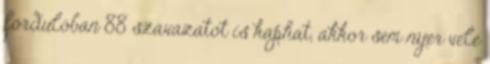
fordulóban 88 szavazatot is kaphat, akkor sem nyer vele